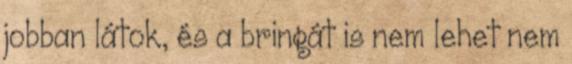
jobban látok, és a bringát is nem lehet nem